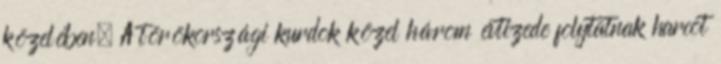
közelében. A törökországi kurdok közel három évtizede folytatnak harcot